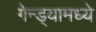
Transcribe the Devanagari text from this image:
गेन्ड्यामध्ये